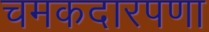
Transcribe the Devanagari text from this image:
चमकदारपणा